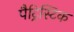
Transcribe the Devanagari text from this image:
पैट्रिस्टिक